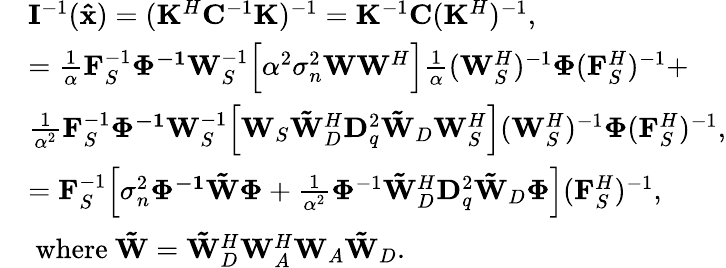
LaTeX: \begin{array}{rl}&{{\mathbf{I}^{-1}({\mathbf{\hat{x}}})}=({\mathbf{K}^{H}}{\mathbf{C}^{-1}}{\mathbf{K}})^{-1}=\mathbf{K}^{-1}\mathbf{C}(\mathbf{K}^{H})^{-1},}\\ &{=\frac{1}{\alpha}\mathbf{F}_{S}^{-1}\mathbf{\mathbf{\Phi}^{-1}}\mathbf{W}_{S}^{-1}\Big[\alpha^{2}\sigma_{n}^{2}\mathbf{W}\mathbf{W}^{H}\Big]\frac{1}{\alpha}(\mathbf{W}_{S}^{H})^{-1}\mathbf{\Phi}(\mathbf{F}_{S}^{H})^{-1}+}\\ &{\frac{1}{\alpha^{2}}\mathbf{F}_{S}^{-1}\mathbf{\mathbf{\Phi}^{-1}}\mathbf{W}_{S}^{-1}\Big[\mathbf{W}_{S}\mathbf{\tilde{W}}_{D}^{H}\mathbf{D}_{q}^{2}\mathbf{\tilde{W}}_{D}\mathbf{W}_{S}^{H}\Big](\mathbf{W}_{S}^{H})^{-1}\mathbf{\Phi}(\mathbf{F}_{S}^{H})^{-1},}\\ &{=\mathbf{F}_{S}^{-1}\Big[\sigma_{n}^{2}\mathbf{\mathbf{\Phi}^{-1}}\mathbf{\tilde{W}}\mathbf{\Phi}+\frac{1}{\alpha^{2}}\mathbf{\Phi}^{-1}\mathbf{\tilde{W}}_{D}^{H}\mathbf{D}_{q}^{2}\mathbf{\tilde{W}}_{D}\mathbf{\Phi}\Big](\mathbf{F}_{S}^{H})^{-1},}\\ &{\mathrm{~where~}\mathbf{\tilde{W}}=\mathbf{\tilde{W}}_{D}^{H}\mathbf{W}_{A}^{H}\mathbf{W}_{A}\mathbf{\tilde{W}}_{D}.}\end{array}